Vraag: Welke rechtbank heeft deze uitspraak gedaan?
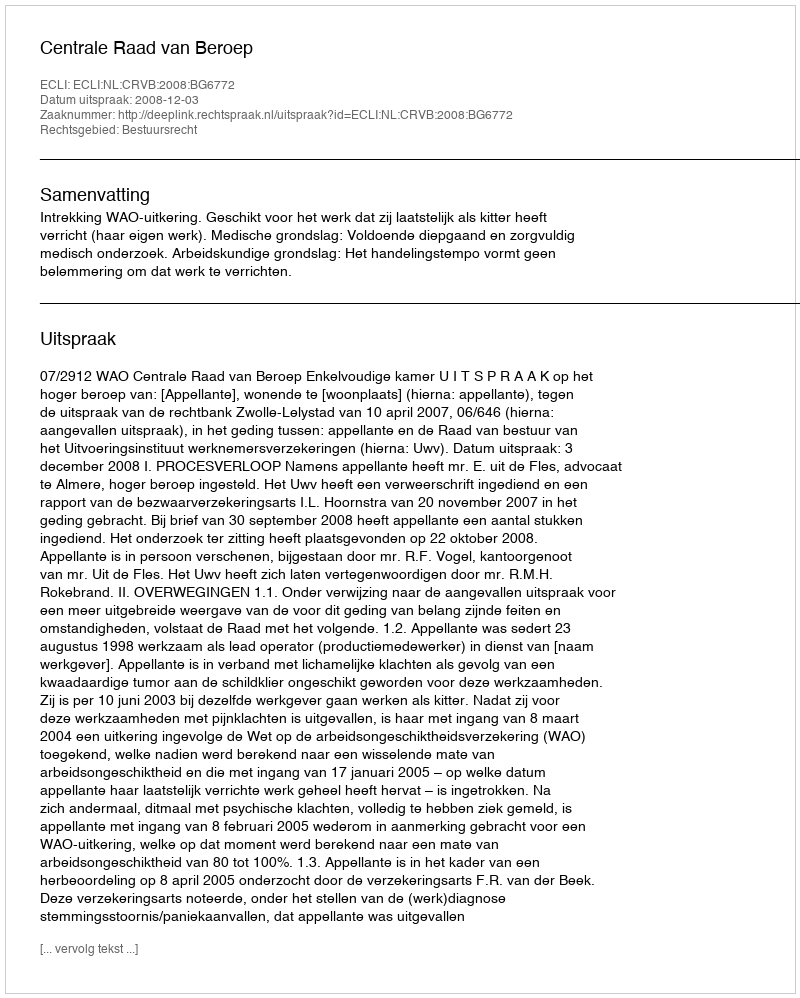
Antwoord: Centrale Raad van Beroep